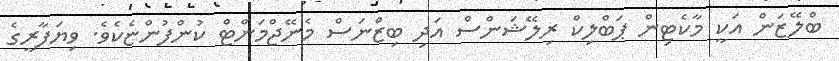
ބްލޭޒަން އަކީ މާކެޓިންް ޕަބްލިކް ރިލޭޝަންސް އަދި ބިޒްނަސް މެނޭޖްމަންޓް ކުންފުންޏެކެވެ. ވިޔަފާރީގެ